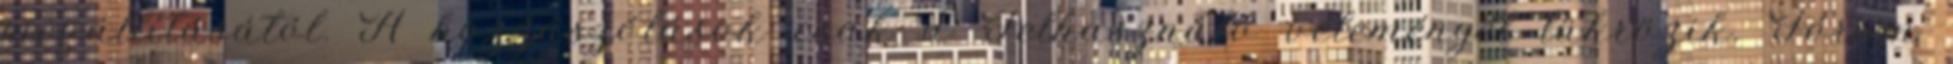
megállításától. A hozzászólások csak a Felhasználó véleményét tükrözik. Fórum